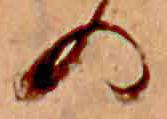
の